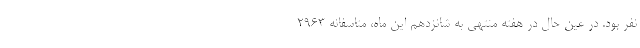
نفر بود. در عین حال در هفته منتهی به شانزدهم این ماه، متاسفانه ۲۹۶۳